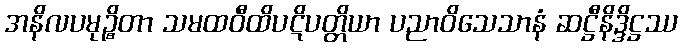
အနိလပမုဉ္စိတာ သမထဝီထိပဋိပတ္တိယာ ပညာဝိသေသာနံ ဆဋ္ဌီနိဒ္ဒိဋ္ဌဿ